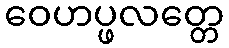
ဝေဟပ္ဖလတ္တေ